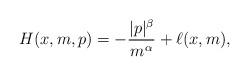
LaTeX: \begin{align*} H(x,m,p)= -\frac {|p|^\beta}{m^{\alpha}} +\ell (x,m), \end{align*}